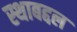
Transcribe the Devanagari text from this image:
स्थाबद्दल